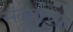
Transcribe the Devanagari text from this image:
संदर्भाच्या